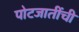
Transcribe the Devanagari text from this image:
पोटजातींची